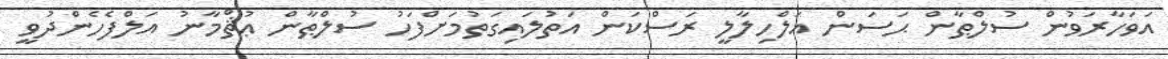
އަވަހާރަވުން ސުލްޠާން ޙަސަން އަލްހިލާލީ ރަސްކަން އަތުލައިގަތުމަށްފަހު ސުލްޠާން ޢުޘްމާނު އަލްފެހެންދުވީ